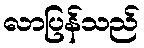
လာပြန်သည်